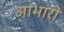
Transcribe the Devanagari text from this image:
आभारों